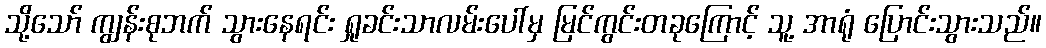
သို့သော် ကျွန်းစုဘက် သွားနေရင်း ရှုခင်းသာလမ်းပေါ်မှ မြင်ကွင်းတခုကြောင့် သူ့ အာရုံ ပြောင်းသွားသည်။